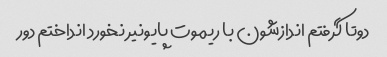
دوتا گرفتم اندازشون با ریموت پایونیر نخورد انداختم دور